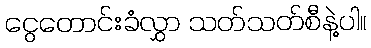
ငွေတောင်းခံလွှာ သတ်သတ်စီနဲ့ပါ။